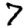
Digit: 7